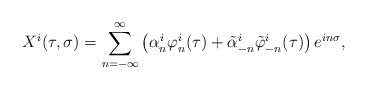
\begin{align*}X^{i}(\tau,\sigma)=\sum_{n=-\infty}^{\infty}\left(\alpha_{n}^{i}\varphi^{i}_{n}(\tau)+ \tilde{\alpha}_{-n}^{i}\tilde{\varphi}^{i}_{-n}(\tau) \right)e^{in\sigma},\end{align*}